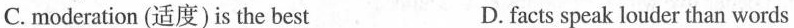
C.moderation(适度）is the bestD.facts speak louder than words